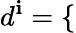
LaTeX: d^{\mathbf{i}}=\left\{ \begin{array}{ll}{\begin{array}{rlrl}\end{array}}\end{array}\right.